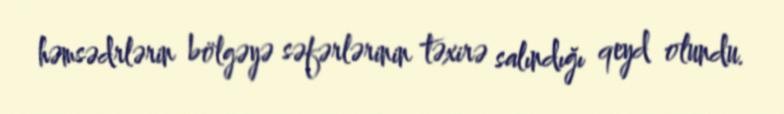
həmsədrlərin bölgəyə səfərlərinin təxirə salındığı qeyd olundu.